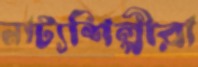
নাট্যশিল্পীরা